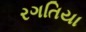
રગતિયા